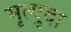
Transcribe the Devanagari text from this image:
मृत्युदा